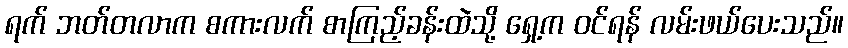
ရက် ဘတ်တလာက စကားလက် စာကြည့်ခန်းထဲသို့ ရှေ့က ဝင်ရန် လမ်းဖယ်ပေးသည်။